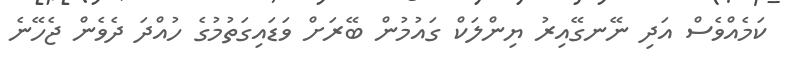
ކަމެއްވެސް އަދި ނޭނގޭއިރު ޔިންލަކް ގައުމުން ބޭރަށް ވަޑައިގަތުމުގެ ހުއްދަ ދެވެން ޖެހޭނެ